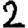
Digit: 2